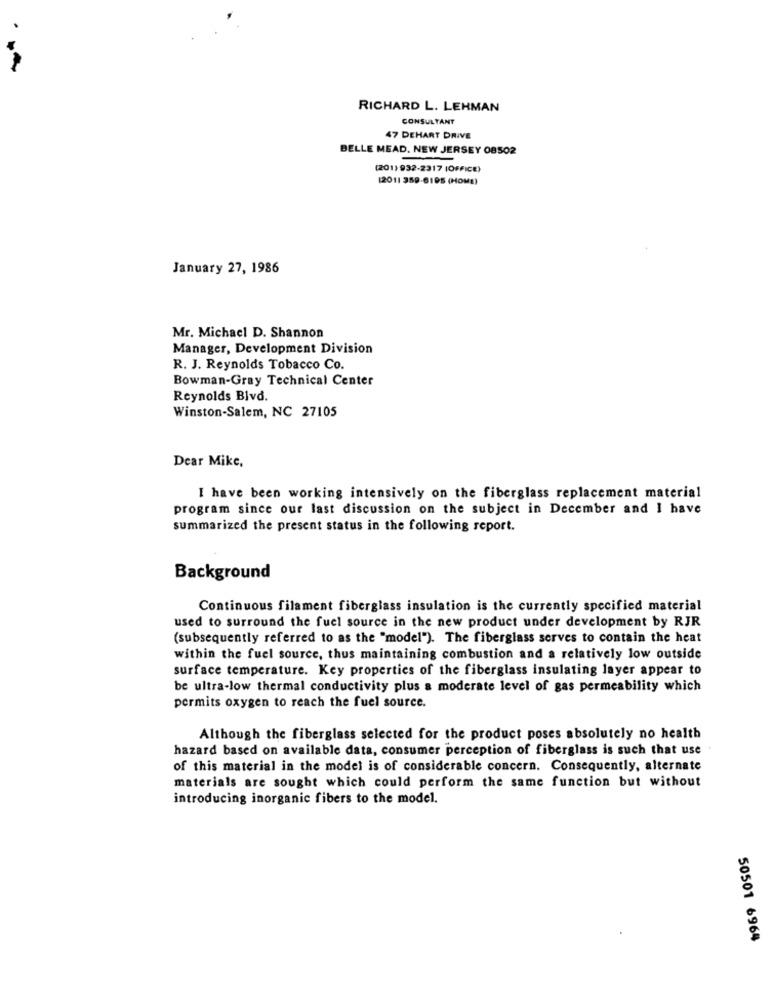
RICHARD L. LEHMAN
CONSULTANT
47 DEHART DRIVE
BELLE MEAD. NEW JERSEY 08502
(201) 932-2317 [OFFICE)
12011 359-6195 (HOME)
January 27, 1986
Mr. Michael D. Shannon
Manager, Development Division
R. J. Reynolds Tobacco Co.
Bowman-Gray Technical Center
Reynolds Blvd.
Winston-Salem, NC 27105
Dear Mike,
I have been working intensively on the fiberglass replacement material
program since our last discussion on the subject in December and I have
summarized the present status in the following report.
Background
Continuous filament fiberglass insulation is the currently specified material
used to surround the fuel source in the new product under development by RJR
(subsequently referred to as the "model"). The fiberglass serves to contain the heat
within the fuel source, thus maintaining combustion and a relatively low outside
surface temperature. Key properties of the fiberglass insulating layer appear to
be ultra-low thermal conductivity plus a moderate level of gas permeability which
permits oxygen to reach the fuel source.
Although the fiberglass selected for the product poses absolutely no health
hazard based on available data, consumer perception of fiberglass is such that use
of this material in the model is of considerable concern. Consequently, alternate
materials are sought which could perform the same function but without
introducing inorganic fibers to the model.
50501 6964